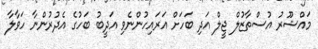
މައްޝޫރު އުސްތާޒުލް ޖީލް އަދި ބަހަށް އަރައިހުންނެވި އަދީބު ބަހުގެ އެދުރުންނާ ހަވާލާ